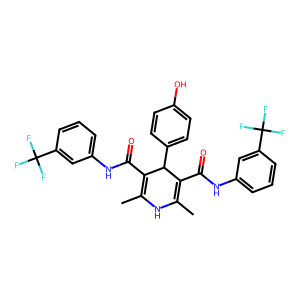
SMILES: CC1=C(C(=O)Nc2cccc(C(F)(F)F)c2)C(c2ccc(O)cc2)C(C(=O)Nc2cccc(C(F)(F)F)c2)=C(C)N1
Inhibits HIV replication: No